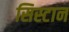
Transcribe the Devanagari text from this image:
सिस्टान